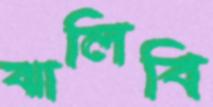
ঝালিবি